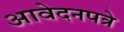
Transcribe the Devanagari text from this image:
आवेदनपत्रे